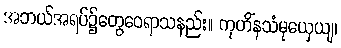
အဘယ်အရပ်၌တွေဝေရာသနည်း။ ကုဟိံနသံမုယှေယျ၊